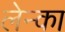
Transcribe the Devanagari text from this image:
लेन्का